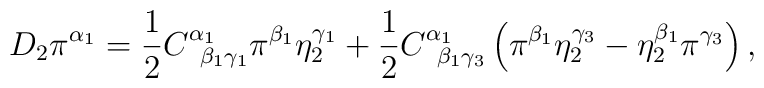
D_2\pi ^{\alpha _1}=\frac 12C_{\;\;\beta _1\gamma _1}^{\alpha_1}\pi ^{\beta _1}\eta _2^{\gamma _1}+\frac 12C_{\;\;\beta _1\gamma_3}^{\alpha _1}\left( \pi ^{\beta _1}\eta _2^{\gamma _3}-\eta _2^{\beta_1}\pi ^{\gamma _3}\right) ,